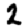
Digit: 2